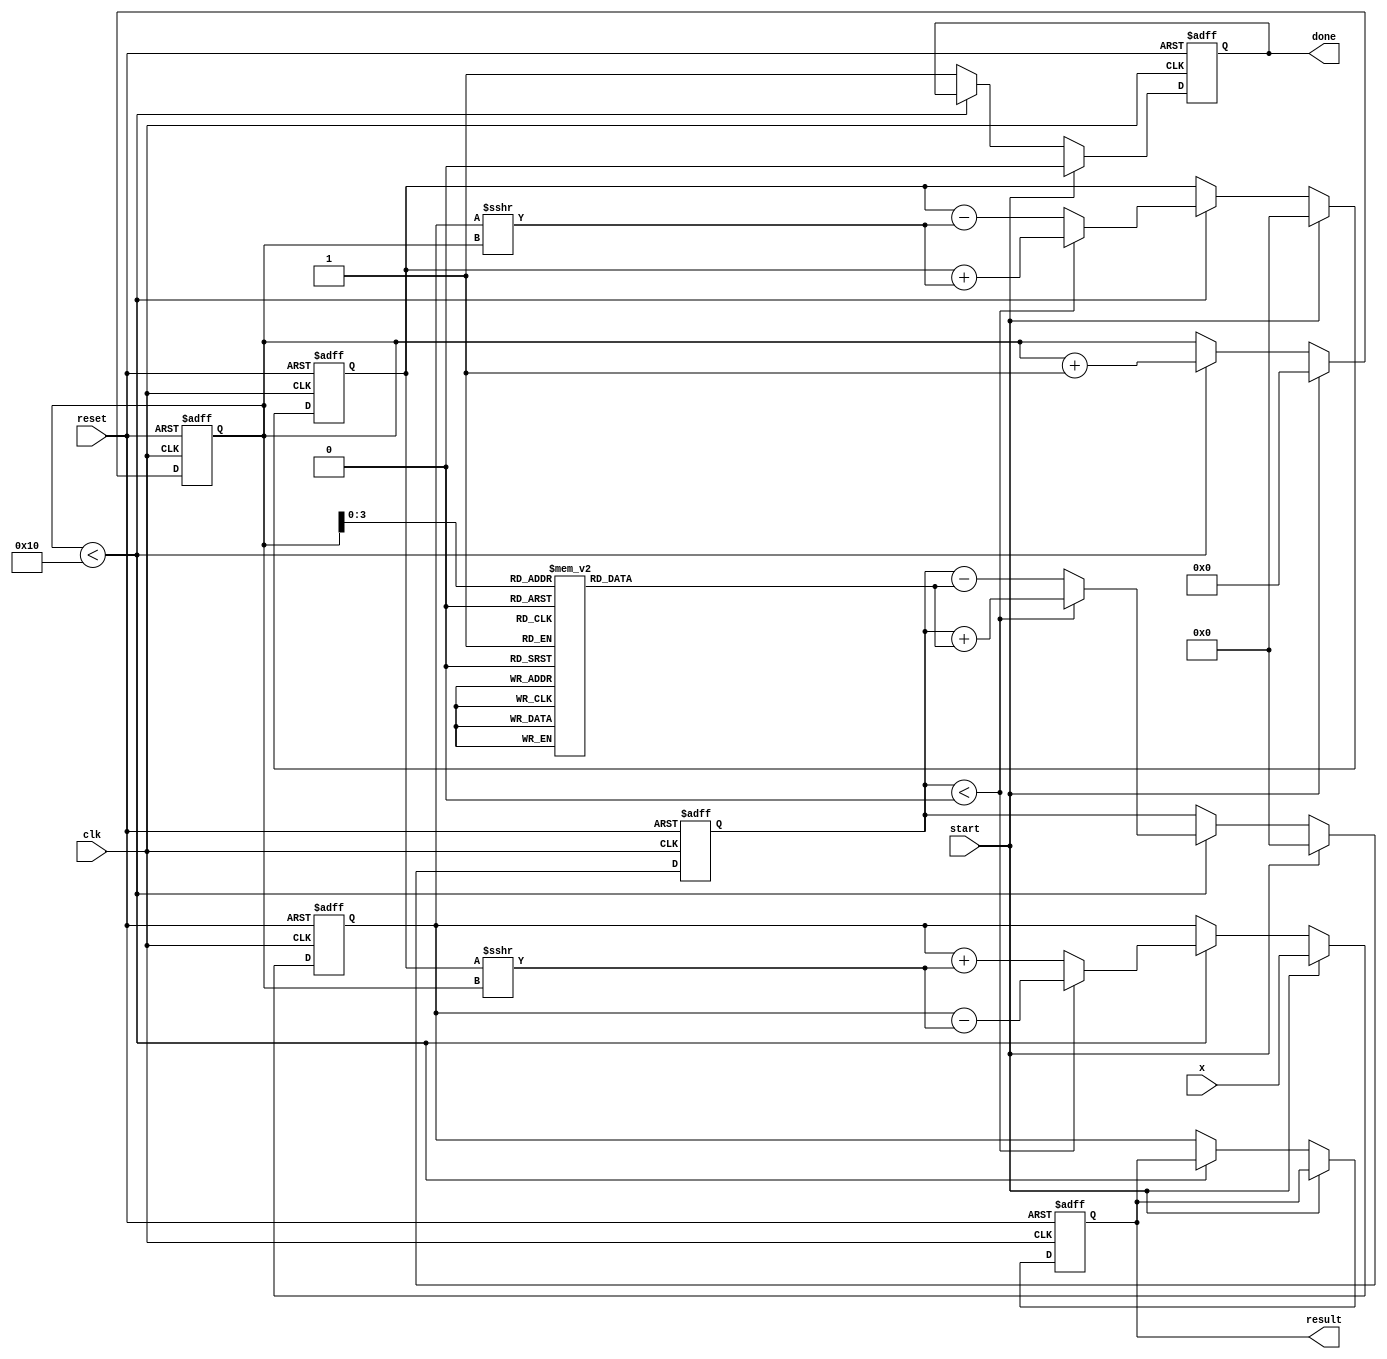
module cordic_exponential #(
    parameter WIDTH = 16,          // Bit width for input and output
    parameter ITERATIONS = 16      // Number of CORDIC iterations
)(
    input wire clk,
    input wire reset,
    input wire start,
    input wire [WIDTH-1:0] x,      // Input value for e^x
    output reg [WIDTH-1:0] result,  // Output result for e^x
    output reg done                 // Done signal
);

    // Internal registers
    reg [WIDTH-1:0] x_reg;          // Input register
    reg [WIDTH-1:0] y_reg;          // Intermediate y register
    reg [WIDTH-1:0] z_reg;          // Angle register
    reg [4:0] iteration;            // Iteration counter

    // CORDIC angle table for exponential calculations
    reg [WIDTH-1:0] angle_table [0:ITERATIONS-1];
    initial begin
        // Pre-computed arctangent values for CORDIC
        angle_table[0] = 16'h0000; // atan(0)
        angle_table[1] = 16'h2000; // atan(1/2^1)
        angle_table[2] = 16'h1000; // atan(1/2^2)
        angle_table[3] = 16'h0800; // atan(1/2^3)
        angle_table[4] = 16'h0400; // atan(1/2^4)
        angle_table[5] = 16'h0200; // atan(1/2^5)
        angle_table[6] = 16'h0100; // atan(1/2^6)
        angle_table[7] = 16'h0080; // atan(1/2^7)
        angle_table[8] = 16'h0040; // atan(1/2^8)
        angle_table[9] = 16'h0020; // atan(1/2^9)
        angle_table[10] = 16'h0010; // atan(1/2^10)
        angle_table[11] = 16'h0008; // atan(1/2^11)
        angle_table[12] = 16'h0004; // atan(1/2^12)
        angle_table[13] = 16'h0002; // atan(1/2^13)
        angle_table[14] = 16'h0001; // atan(1/2^14)
        angle_table[15] = 16'h0000; // atan(1/2^15)
    end

    // Control unit
    always @(posedge clk or posedge reset) begin
        if (reset) begin
            x_reg <= 0;
            y_reg <= 0;
            z_reg <= 0;
            iteration <= 0;
            result <= 0;
            done <= 0;
        end else if (start) begin
            // Initialize registers
            x_reg <= x; // Load input
            y_reg <= 0; // Start with y = 0
            z_reg <= 0; // Start with z = 0
            iteration <= 0; // Reset iteration count
            done <= 0; // Reset done signal
        end else if (iteration < ITERATIONS) begin
            // CORDIC rotation logic
            if (z_reg < 0) begin
                // Rotate clockwise
                y_reg <= y_reg + (x_reg >>> iteration);
                x_reg <= x_reg - (y_reg >>> iteration);
                z_reg <= z_reg + angle_table[iteration];
            end else begin
                // Rotate counter-clockwise
                y_reg <= y_reg - (x_reg >>> iteration);
                x_reg <= x_reg + (y_reg >>> iteration);
                z_reg <= z_reg - angle_table[iteration];
            end
            iteration <= iteration + 1; // Increment iteration
        end else begin
            // Final scaling factor adjustment
            result <= x_reg; // Store final result
            done <= 1; // Set done signal
        end
    end

endmodule